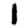
Digit: 1